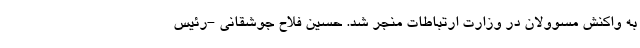
به واکنش مسوولان در وزارت ارتباطات منجر شد. حسین فلاح جوشقانی -رئیس